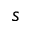
s